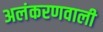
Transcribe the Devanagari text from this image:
अलंकरणवाली